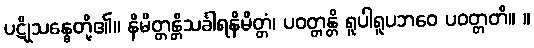
ပဋိုသန္ဓေတို့၏။ နိမိတ္တန္တိသင်္ခါရနိမိတ္တံ၊ ပဝတ္တန္တိ ရူပါရူပဘဝေ ပဝတ္တတိ။ ။